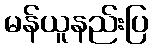
မန်ယူနည်းပြ